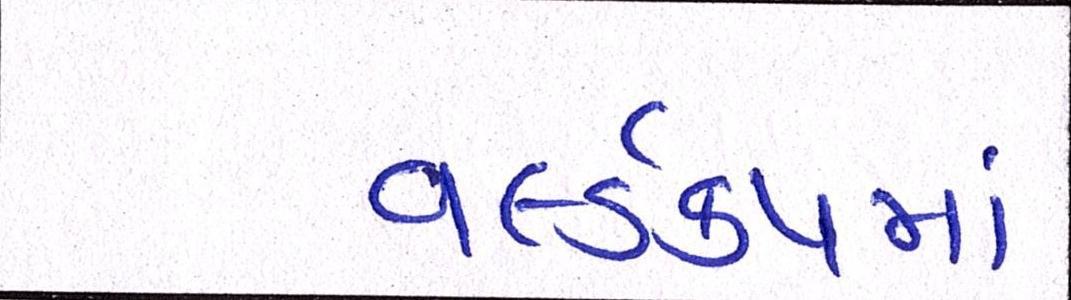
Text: વર્લ્ડકપમાં